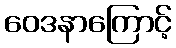
ဝေဒနာကြောင့်